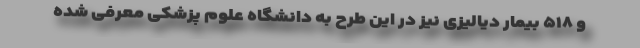
و ۵۱۸ بیمار دیالیزی نیز در این طرح به دانشگاه علوم پزشکی معرفی شده